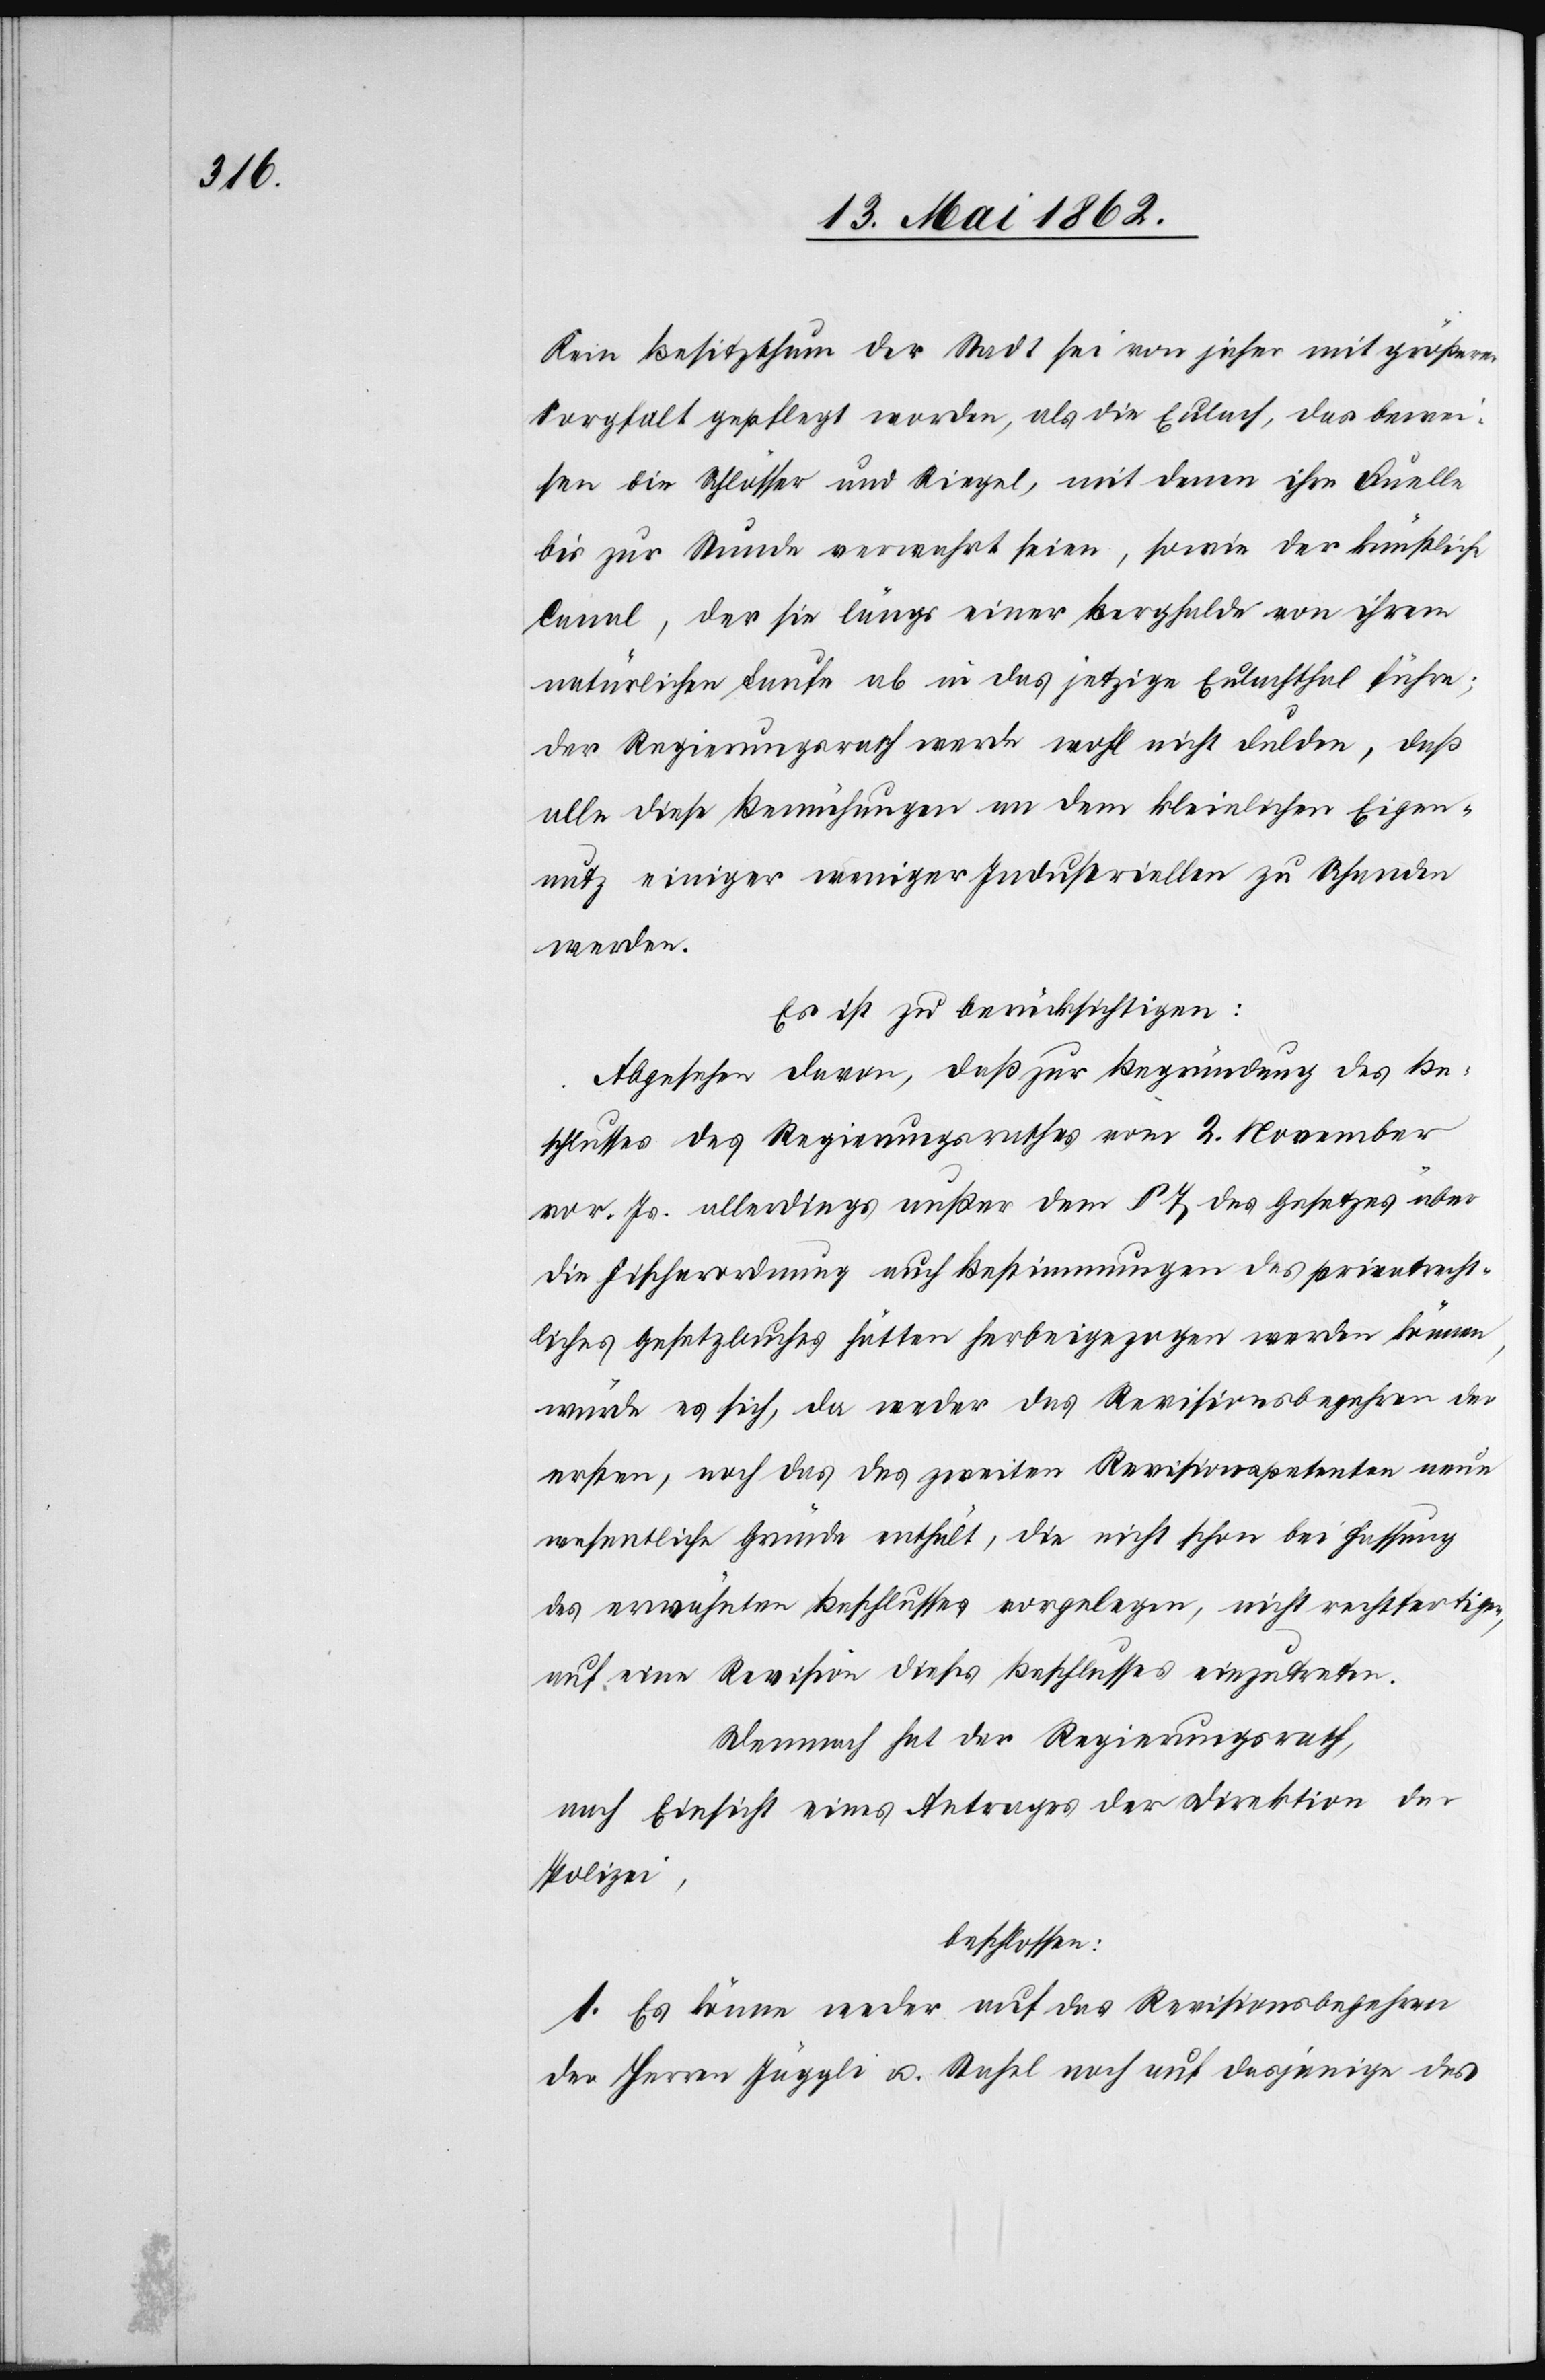
Kein Besitzthum der Stadt sei von jeher mit größerer
Sorgfalt gepflegt worden, als die Eulach, das bewei¬
sen die Schlösser und Riegel, mit denen ihre Quelle
bis zur Stunde verwehrt seien, sowie der künstliche
Canal, der sie längs einer Berghalde von ihrem
natürlichen Laufe ab in das jetzige Eulachthal führe;
der Regierungsrath werde wohl nicht dulden, daß
alle diese Bemühungen an dem kleinlichen Eigen¬
nutz einiger weniger Industriellen zu Schaden
werden.
Es ist zu berücksichtigen:
Abgesehen davon, daß zur Begründung des Be¬
schlusses des Regierungsrathes vom 2. November
vor. Js. allerdings außer dem § 7 des Gesetzes aber
die Fischerordnung auch Bestimmungen des privatrecht¬
lichen Gesetzbuches hätte herbeigezogen werden können,
würde es sich, da weder das Revisionsbegehren der
ersten, noch das des zweiten Revisionspetenten neue
wesentliche Gründe enthält, die nicht schon bei Fassung
des erwähnten Beschlusses vorgelegen, nicht rechtfertige,
auf eine Revision dieses Beschlusses einzutreten.
Demnach hat der Regierungsrath,
nach Einsicht eines Antrages der Direktion der
Polizei,
beschlossen:
1. Es könne weder auf das Revisionsbegehren
der Herren Jäggli u. Stahel noch auf dasjenige des